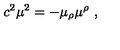
c ^ { 2 } \mu ^ { 2 } = - \mu _ { \rho } \mu ^ { \rho } \ ,